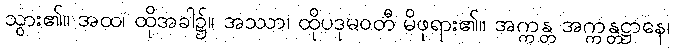
သွား၏။ အထ၊ ထိုအခါ၌။ အဿာ၊ ထိုပဒုမဝတီ မိဖုရား၏။ အက္ကန္တ အက္ကန္တဋ္ဌာနေ၊